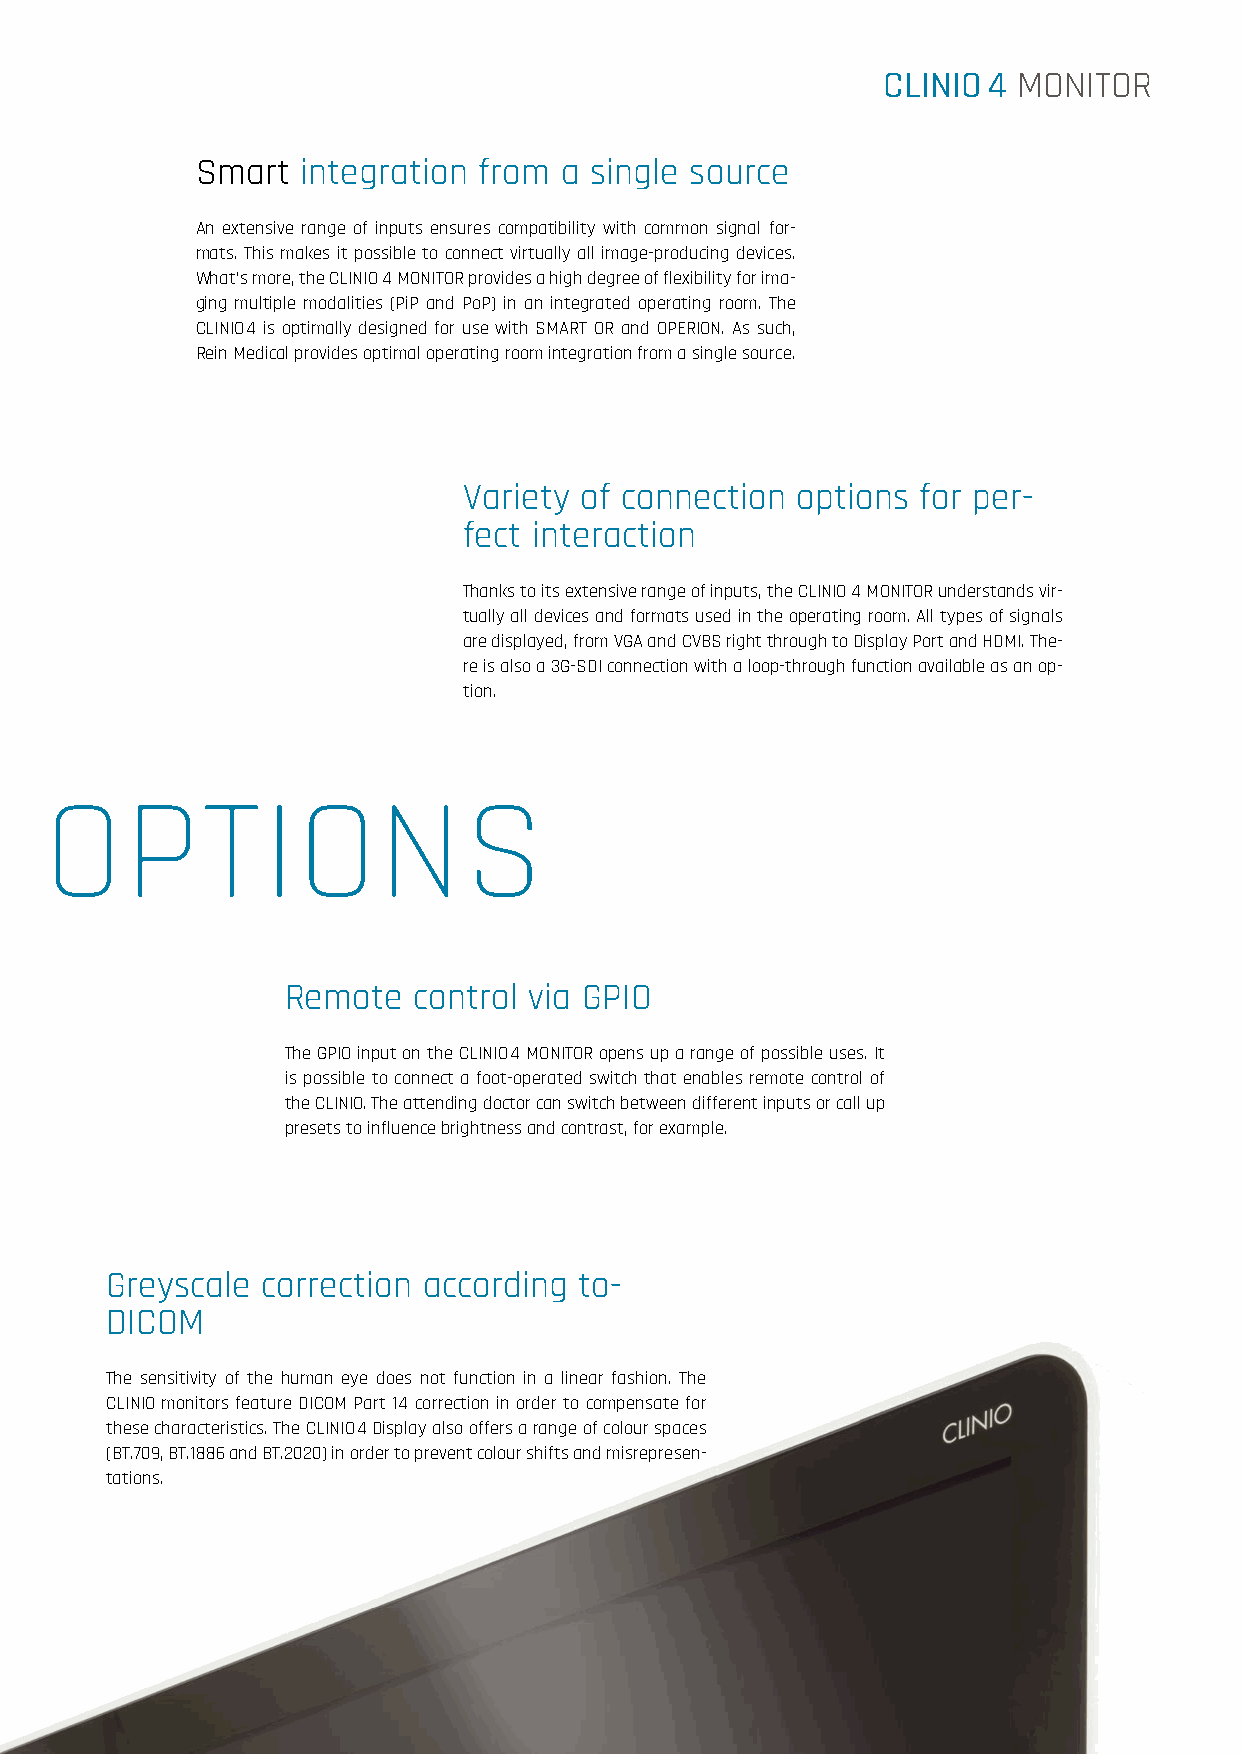
CLINIO 4 MONITOR
 Smart  integration from a single source
 An extensive range of inputs ensures compatibility with common signal for-
 mats. This makes it possible to connect virtually all image-producing devices.
 What’s more, the CLINIO 4 MONITOR provides a high degree of flexibility for ima-
 ging multiple modalities (PiP and PoP) in an integrated operating room. The
 CLINIO 4 is optimally designed for use with SMART OR and OPERION. As such,
 Rein Medical provides optimal operating room integration from a single source.
 Variety of connection options for per-
 fect interaction
 Thanks to its extensive range of inputs, the CLINIO 4 MONITOR understands vir-
 tually all devices and formats used in the operating room. All types of signals
 are displayed, from VGA and CVBS right through to Display Port and HDMI. The-
 re is also a 3G-SDI connection with a loop-through function available as an op-
 tion.
 INTEGRATION OPTIONS
 Remote  control via GPIO
 The GPIO input on the CLINIO 4 MONITOR opens up a range of possible uses. It
 is possible to connect a foot-operated switch that enables remote control of
 the CLINIO. The attending doctor can switch between different inputs or call up
 presets to influence brightness and contrast, for example.
 Greyscale correction according to-
 DICOM
 The sensitivity of the human eye does not function in a linear fashion. The
 CLINIO monitors feature DICOM Part 14 correction in order to compensate for
 these characteristics. The CLINIO 4 Display also offers a range of colour spaces
 (BT.709, BT.1886 and BT.2020) in order to prevent colour shifts and misrepresen-
 tations.